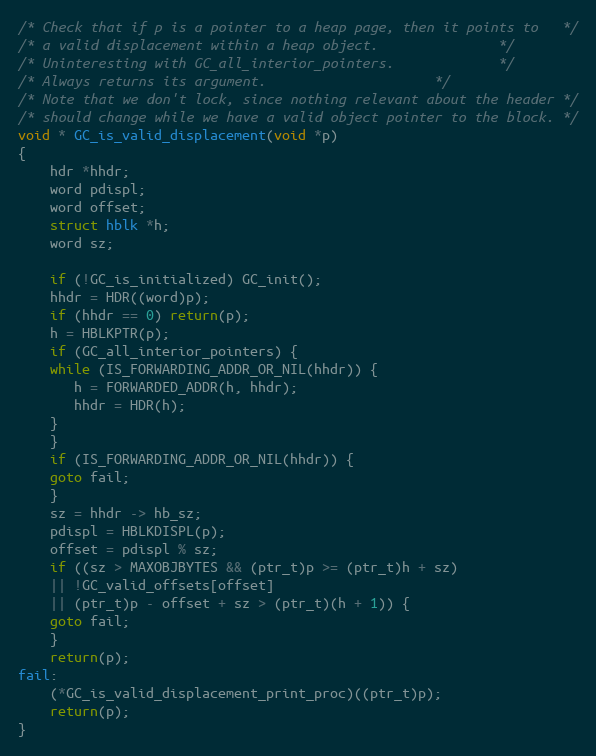
Language: C
/* Check that if p is a pointer to a heap page, then it points to	*/
/* a valid displacement within a heap object.				*/
/* Uninteresting with GC_all_interior_pointers.				*/
/* Always returns its argument.						*/
/* Note that we don't lock, since nothing relevant about the header	*/
/* should change while we have a valid object pointer to the block.	*/
void * GC_is_valid_displacement(void *p)
{
    hdr *hhdr;
    word pdispl;
    word offset;
    struct hblk *h;
    word sz;

    if (!GC_is_initialized) GC_init();
    hhdr = HDR((word)p);
    if (hhdr == 0) return(p);
    h = HBLKPTR(p);
    if (GC_all_interior_pointers) {
	while (IS_FORWARDING_ADDR_OR_NIL(hhdr)) {
	   h = FORWARDED_ADDR(h, hhdr);
	   hhdr = HDR(h);
	}
    }
    if (IS_FORWARDING_ADDR_OR_NIL(hhdr)) {
	goto fail;
    }
    sz = hhdr -> hb_sz;
    pdispl = HBLKDISPL(p);
    offset = pdispl % sz;
    if ((sz > MAXOBJBYTES && (ptr_t)p >= (ptr_t)h + sz)
	|| !GC_valid_offsets[offset]
	|| (ptr_t)p - offset + sz > (ptr_t)(h + 1)) {
	goto fail;
    }
    return(p);
fail:
    (*GC_is_valid_displacement_print_proc)((ptr_t)p);
    return(p);
}